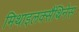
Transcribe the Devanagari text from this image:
मिथाइलक्सैंथिनेस